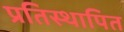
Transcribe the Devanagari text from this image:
प्रतिस्थापित